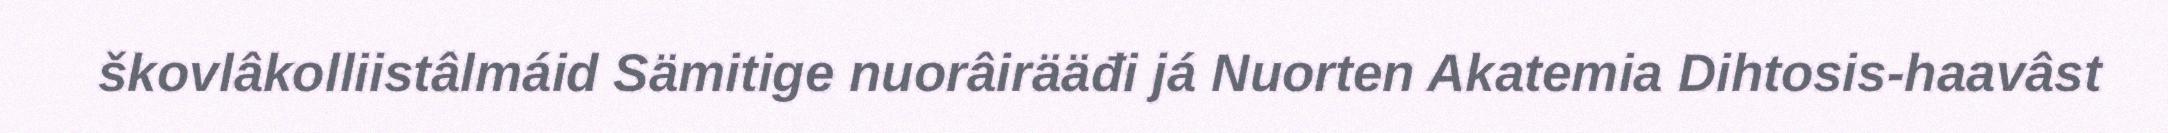
škovlâkolliistâlmáid Sämitige nuorâirääđi já Nuorten Akatemia Dihtosis-haavâst